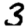
Digit: 3